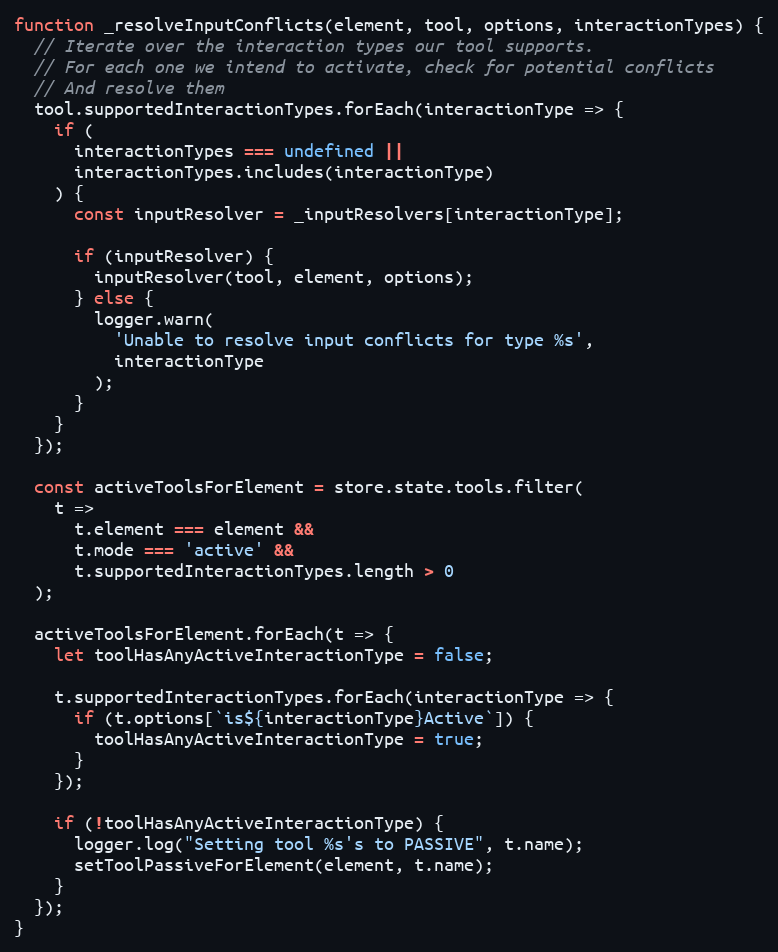
Language: JavaScript
function _resolveInputConflicts(element, tool, options, interactionTypes) {
  // Iterate over the interaction types our tool supports.
  // For each one we intend to activate, check for potential conflicts
  // And resolve them
  tool.supportedInteractionTypes.forEach(interactionType => {
    if (
      interactionTypes === undefined ||
      interactionTypes.includes(interactionType)
    ) {
      const inputResolver = _inputResolvers[interactionType];

      if (inputResolver) {
        inputResolver(tool, element, options);
      } else {
        logger.warn(
          'Unable to resolve input conflicts for type %s',
          interactionType
        );
      }
    }
  });

  const activeToolsForElement = store.state.tools.filter(
    t =>
      t.element === element &&
      t.mode === 'active' &&
      t.supportedInteractionTypes.length > 0
  );

  activeToolsForElement.forEach(t => {
    let toolHasAnyActiveInteractionType = false;

    t.supportedInteractionTypes.forEach(interactionType => {
      if (t.options[`is${interactionType}Active`]) {
        toolHasAnyActiveInteractionType = true;
      }
    });

    if (!toolHasAnyActiveInteractionType) {
      logger.log("Setting tool %s's to PASSIVE", t.name);
      setToolPassiveForElement(element, t.name);
    }
  });
}